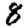
Digit: 8